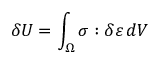
\delta U = \int _ { \Omega } { \boldsymbol { \sigma } } : \delta { \boldsymbol { \varepsilon } } \, d V